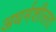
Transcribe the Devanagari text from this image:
अधर्मशीलता